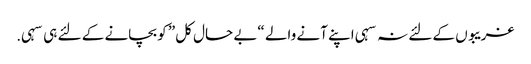
غریبوں کے لئے نہ سہی اپنے آنے والے “بے حال کل” کو بچانے کے لئے ہی سہی.